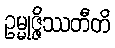
ဥမ္မုဇ္ဇိဿတီတိ